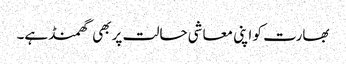
بھارت کو اپنی معاشی حالت پر بھی گھمنڈ ہے۔